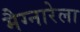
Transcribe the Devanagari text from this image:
मैग्नारेला